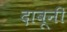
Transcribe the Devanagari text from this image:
दावूनी